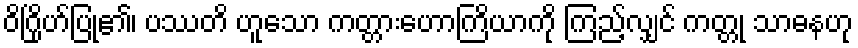
ဝိဂြိုဟ်ပြု၏၊ ပဿတိ ဟူသော ကတ္တားဟောကြိယာကို ကြည့်လျှင် ကတ္တု သာဓနဟု